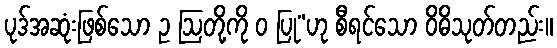
ပုဒ်အဆုံးဖြစ်သော ဥ ဩတို့ကို ဝ ပြု”ဟု စီရင်သော ဝိဓိသုတ်တည်း။